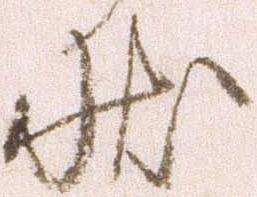
状